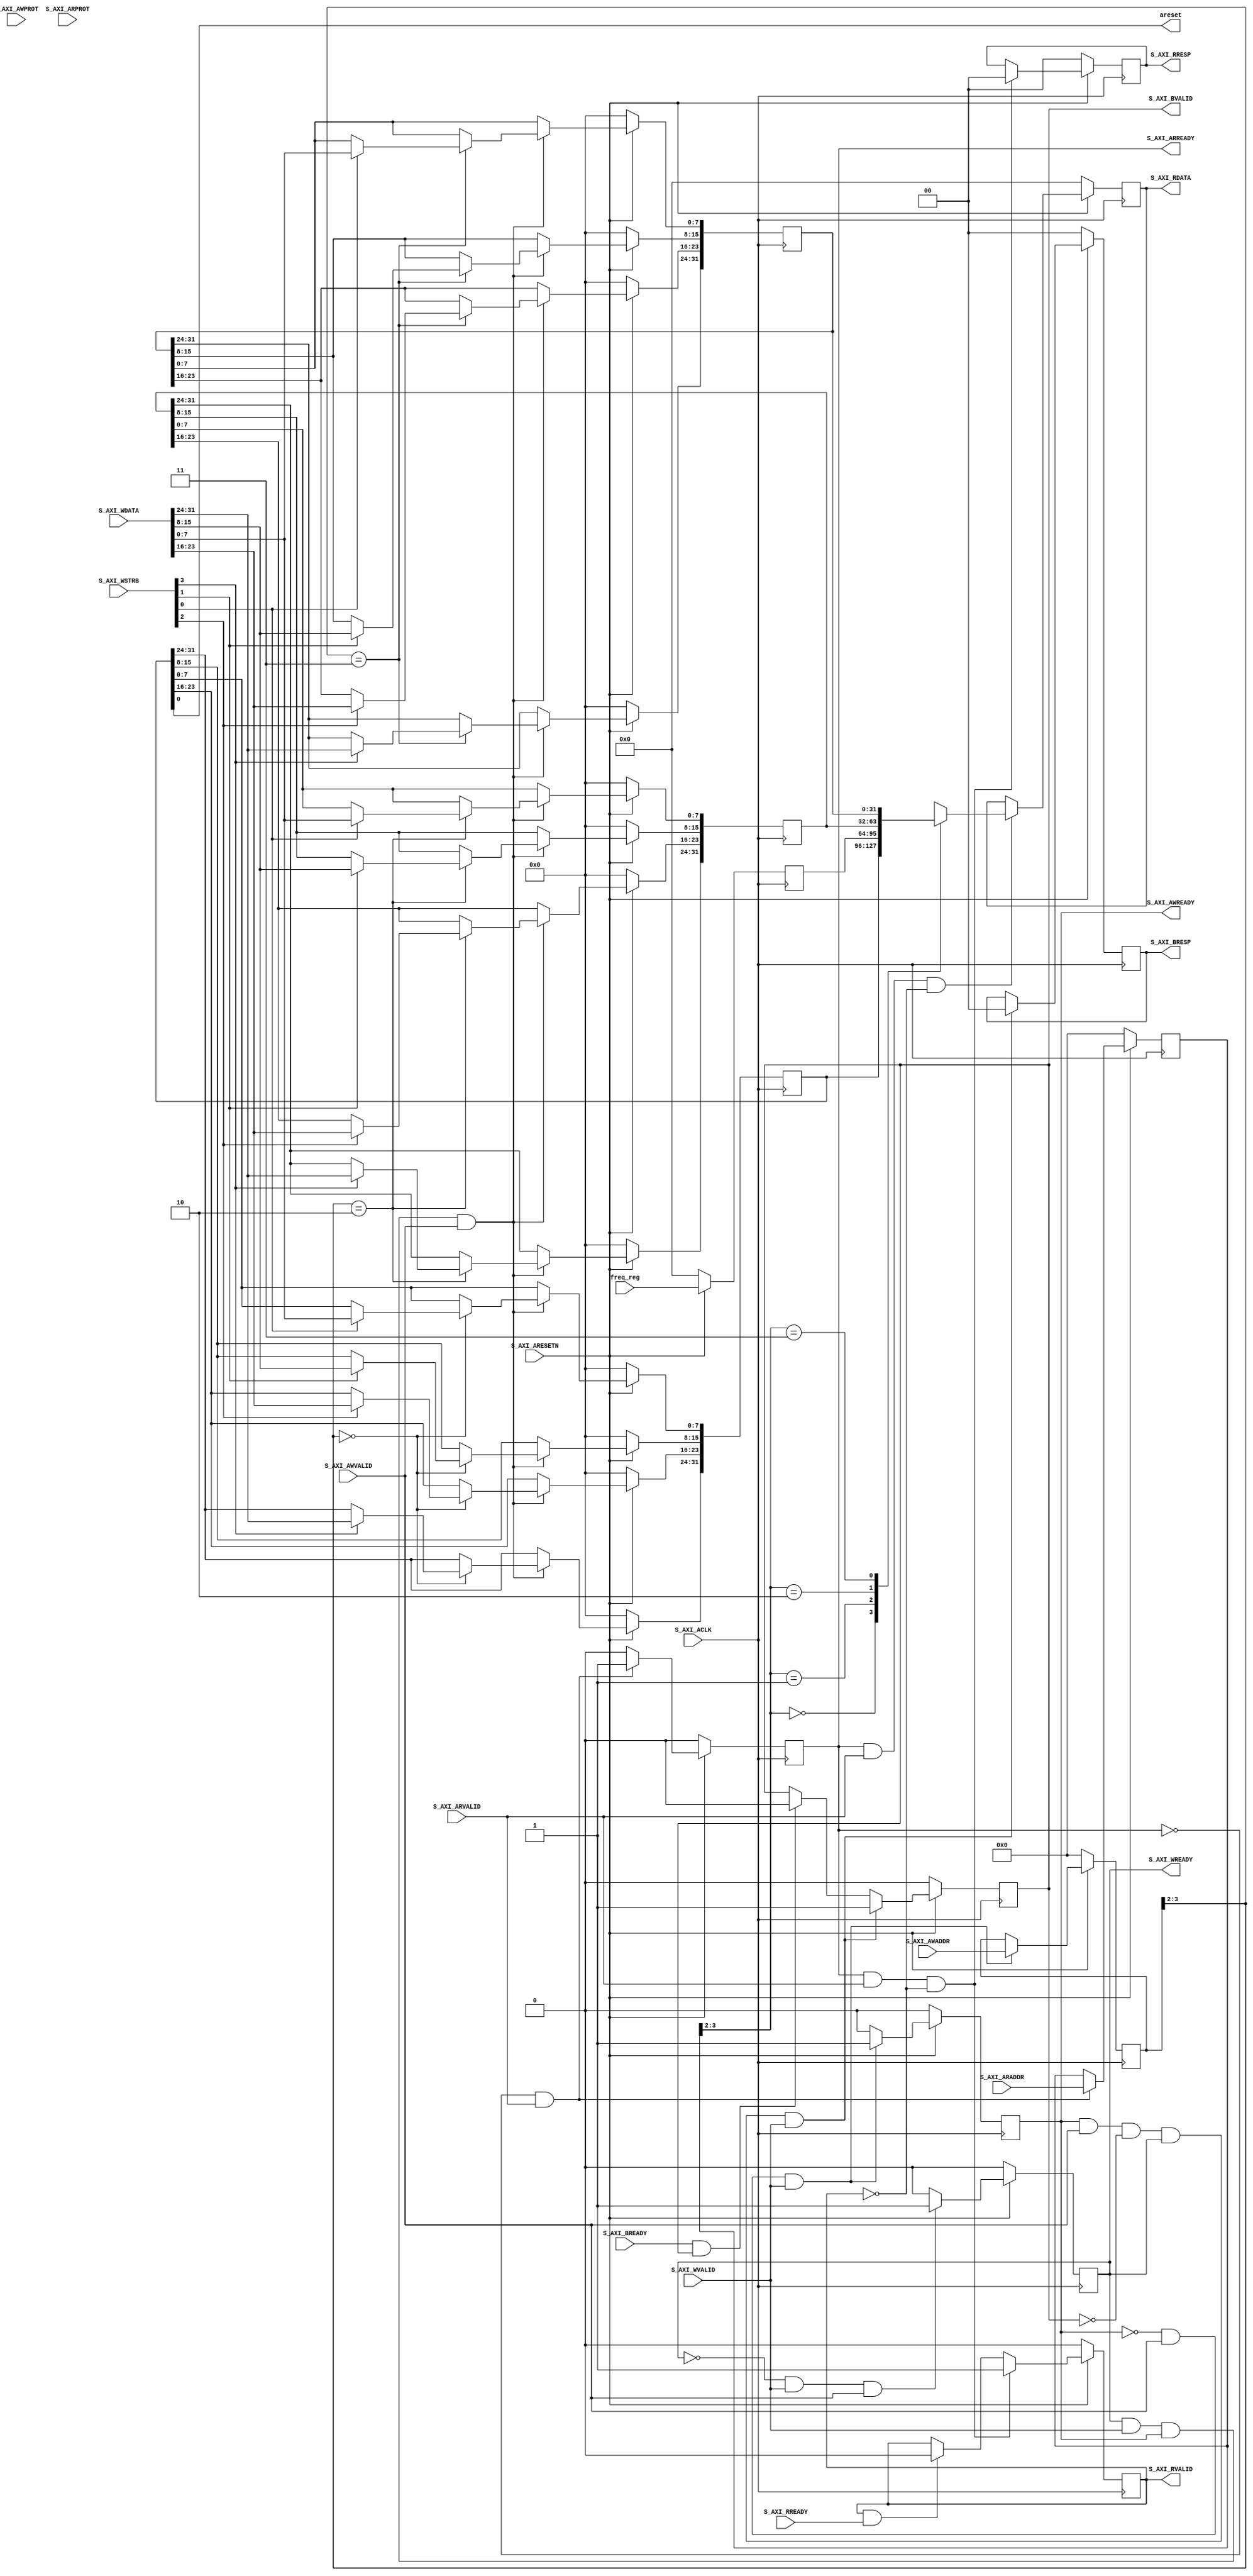
//
// Copyright (C) 2015 Digilent Inc.
// All rights reserved.
//
// @NETFPGA_LICENSE_HEADER_START@
//
// Licensed to NetFPGA C.I.C. (NetFPGA) under one or more contributor
// license agreements.  See the NOTICE file distributed with this work for
// additional information regarding copyright ownership.  NetFPGA licenses this
// file to you under the NetFPGA Hardware-Software License, Version 1.0 (the
// "License"); you may not use this file except in compliance with the
// License.  You may obtain a copy of the License at:
//
//   http://www.netfpga-cic.org
//
// Unless required by applicable law or agreed to in writing, Work distributed
// under the License is distributed on an "AS IS" BASIS, WITHOUT WARRANTIES OR
// CONDITIONS OF ANY KIND, either express or implied.  See the License for the
// specific language governing permissions and limitations under the License.
//
// @NETFPGA_LICENSE_HEADER_END@
//

`timescale 1 ps / 1 ps

	module d_clkfreq_detector_S_AXI #
	(
		// Users to add parameters here

		// User parameters ends
		// Do not modify the parameters beyond this line

		// Width of S_AXI data bus
		parameter integer C_S_AXI_DATA_WIDTH	= 32,
		// Width of S_AXI address bus
		parameter integer C_S_AXI_ADDR_WIDTH	= 4
	)
	(
		// Users to add ports here
        output wire areset,
        input wire [31:0] freq_reg,
		// User ports ends
		// Do not modify the ports beyond this line

		// Global Clock Signal
		input wire  S_AXI_ACLK,
		// Global Reset Signal. This Signal is Active LOW
		input wire  S_AXI_ARESETN,
		// Write address (issued by master, acceped by Slave)
		input wire [C_S_AXI_ADDR_WIDTH-1 : 0] S_AXI_AWADDR,
		// Write channel Protection type. This signal indicates the
    		// privilege and security level of the transaction, and whether
    		// the transaction is a data access or an instruction access.
		input wire [2 : 0] S_AXI_AWPROT,
		// Write address valid. This signal indicates that the master signaling
    		// valid write address and control information.
		input wire  S_AXI_AWVALID,
		// Write address ready. This signal indicates that the slave is ready
    		// to accept an address and associated control signals.
		output wire  S_AXI_AWREADY,
		// Write data (issued by master, acceped by Slave) 
		input wire [C_S_AXI_DATA_WIDTH-1 : 0] S_AXI_WDATA,
		// Write strobes. This signal indicates which byte lanes hold
    		// valid data. There is one write strobe bit for each eight
    		// bits of the write data bus.    
		input wire [(C_S_AXI_DATA_WIDTH/8)-1 : 0] S_AXI_WSTRB,
		// Write valid. This signal indicates that valid write
    		// data and strobes are available.
		input wire  S_AXI_WVALID,
		// Write ready. This signal indicates that the slave
    		// can accept the write data.
		output wire  S_AXI_WREADY,
		// Write response. This signal indicates the status
    		// of the write transaction.
		output wire [1 : 0] S_AXI_BRESP,
		// Write response valid. This signal indicates that the channel
    		// is signaling a valid write response.
		output wire  S_AXI_BVALID,
		// Response ready. This signal indicates that the master
    		// can accept a write response.
		input wire  S_AXI_BREADY,
		// Read address (issued by master, acceped by Slave)
		input wire [C_S_AXI_ADDR_WIDTH-1 : 0] S_AXI_ARADDR,
		// Protection type. This signal indicates the privilege
    		// and security level of the transaction, and whether the
    		// transaction is a data access or an instruction access.
		input wire [2 : 0] S_AXI_ARPROT,
		// Read address valid. This signal indicates that the channel
    		// is signaling valid read address and control information.
		input wire  S_AXI_ARVALID,
		// Read address ready. This signal indicates that the slave is
    		// ready to accept an address and associated control signals.
		output wire  S_AXI_ARREADY,
		// Read data (issued by slave)
		output wire [C_S_AXI_DATA_WIDTH-1 : 0] S_AXI_RDATA,
		// Read response. This signal indicates the status of the
    		// read transfer.
		output wire [1 : 0] S_AXI_RRESP,
		// Read valid. This signal indicates that the channel is
    		// signaling the required read data.
		output wire  S_AXI_RVALID,
		// Read ready. This signal indicates that the master can
    		// accept the read data and response information.
		input wire  S_AXI_RREADY
	);

	// AXI4LITE signals
	reg [C_S_AXI_ADDR_WIDTH-1 : 0] 	axi_awaddr;
	reg  	axi_awready;
	reg  	axi_wready;
	reg [1 : 0] 	axi_bresp;
	reg  	axi_bvalid;
	reg [C_S_AXI_ADDR_WIDTH-1 : 0] 	axi_araddr;
	reg  	axi_arready;
	reg [C_S_AXI_DATA_WIDTH-1 : 0] 	axi_rdata;
	reg [1 : 0] 	axi_rresp;
	reg  	axi_rvalid;

	// Example-specific design signals
	// local parameter for addressing 32 bit / 64 bit C_S_AXI_DATA_WIDTH
	// ADDR_LSB is used for addressing 32/64 bit registers/memories
	// ADDR_LSB = 2 for 32 bits (n downto 2)
	// ADDR_LSB = 3 for 64 bits (n downto 3)
	localparam integer ADDR_LSB = (C_S_AXI_DATA_WIDTH/32) + 1;
	localparam integer OPT_MEM_ADDR_BITS = 1;
	//----------------------------------------------
	//-- Signals for user logic register space example
	//------------------------------------------------
	//-- Number of Slave Registers 4
	reg [C_S_AXI_DATA_WIDTH-1:0]	slv_reg0;
	reg [C_S_AXI_DATA_WIDTH-1:0]	slv_reg1;
	reg [C_S_AXI_DATA_WIDTH-1:0]	slv_reg2;
	reg [C_S_AXI_DATA_WIDTH-1:0]	slv_reg3;
	wire	 slv_reg_rden;
	wire	 slv_reg_wren;
	reg [C_S_AXI_DATA_WIDTH-1:0]	 reg_data_out;
	integer	 byte_index;

	// I/O Connections assignments

	assign S_AXI_AWREADY	= axi_awready;
	assign S_AXI_WREADY	= axi_wready;
	assign S_AXI_BRESP	= axi_bresp;
	assign S_AXI_BVALID	= axi_bvalid;
	assign S_AXI_ARREADY	= axi_arready;
	assign S_AXI_RDATA	= axi_rdata;
	assign S_AXI_RRESP	= axi_rresp;
	assign S_AXI_RVALID	= axi_rvalid;
	// Implement axi_awready generation
	// axi_awready is asserted for one S_AXI_ACLK clock cycle when both
	// S_AXI_AWVALID and S_AXI_WVALID are asserted. axi_awready is
	// de-asserted when reset is low.

	always @( posedge S_AXI_ACLK )
	begin
	  if ( S_AXI_ARESETN == 1'b0 )
	    begin
	      axi_awready <= 1'b0;
	    end 
	  else
	    begin    
	      if (~axi_awready && S_AXI_AWVALID && S_AXI_WVALID)
	        begin
	          // slave is ready to accept write address when 
	          // there is a valid write address and write data
	          // on the write address and data bus. This design 
	          // expects no outstanding transactions. 
	          axi_awready <= 1'b1;
	        end
	      else           
	        begin
	          axi_awready <= 1'b0;
	        end
	    end 
	end       

	// Implement axi_awaddr latching
	// This process is used to latch the address when both 
	// S_AXI_AWVALID and S_AXI_WVALID are valid. 

	always @( posedge S_AXI_ACLK )
	begin
	  if ( S_AXI_ARESETN == 1'b0 )
	    begin
	      axi_awaddr <= 0;
	    end 
	  else
	    begin    
	      if (~axi_awready && S_AXI_AWVALID && S_AXI_WVALID)
	        begin
	          // Write Address latching 
	          axi_awaddr <= S_AXI_AWADDR;
	        end
	    end 
	end       

	// Implement axi_wready generation
	// axi_wready is asserted for one S_AXI_ACLK clock cycle when both
	// S_AXI_AWVALID and S_AXI_WVALID are asserted. axi_wready is 
	// de-asserted when reset is low. 

	always @( posedge S_AXI_ACLK )
	begin
	  if ( S_AXI_ARESETN == 1'b0 )
	    begin
	      axi_wready <= 1'b0;
	    end 
	  else
	    begin    
	      if (~axi_wready && S_AXI_WVALID && S_AXI_AWVALID)
	        begin
	          // slave is ready to accept write data when 
	          // there is a valid write address and write data
	          // on the write address and data bus. This design 
	          // expects no outstanding transactions. 
	          axi_wready <= 1'b1;
	        end
	      else
	        begin
	          axi_wready <= 1'b0;
	        end
	    end 
	end       

	// Implement memory mapped register select and write logic generation
	// The write data is accepted and written to memory mapped registers when
	// axi_awready, S_AXI_WVALID, axi_wready and S_AXI_WVALID are asserted. Write strobes are used to
	// select byte enables of slave registers while writing.
	// These registers are cleared when reset (active low) is applied.
	// Slave register write enable is asserted when valid address and data are available
	// and the slave is ready to accept the write address and write data.
	assign slv_reg_wren = axi_wready && S_AXI_WVALID && axi_awready && S_AXI_AWVALID;

	always @( posedge S_AXI_ACLK )
	begin
	  if ( S_AXI_ARESETN == 1'b0 )
	    begin
	      slv_reg0 <= 0;
	      slv_reg2 <= 0;
	      slv_reg3 <= 0;
	    end 
	  else begin
	    if (slv_reg_wren)
	      begin
	        case ( axi_awaddr[ADDR_LSB+OPT_MEM_ADDR_BITS:ADDR_LSB] )
	          2'h0:
	            for ( byte_index = 0; byte_index <= (C_S_AXI_DATA_WIDTH/8)-1; byte_index = byte_index+1 )
	              if ( S_AXI_WSTRB[byte_index] == 1 ) begin
	                // Respective byte enables are asserted as per write strobes 
	                // Slave register 0
	                slv_reg0[(byte_index*8) +: 8] <= S_AXI_WDATA[(byte_index*8) +: 8];
	              end  
	          2'h2:
	            for ( byte_index = 0; byte_index <= (C_S_AXI_DATA_WIDTH/8)-1; byte_index = byte_index+1 )
	              if ( S_AXI_WSTRB[byte_index] == 1 ) begin
	                // Respective byte enables are asserted as per write strobes 
	                // Slave register 2
	                slv_reg2[(byte_index*8) +: 8] <= S_AXI_WDATA[(byte_index*8) +: 8];
	              end  
	          2'h3:
	            for ( byte_index = 0; byte_index <= (C_S_AXI_DATA_WIDTH/8)-1; byte_index = byte_index+1 )
	              if ( S_AXI_WSTRB[byte_index] == 1 ) begin
	                // Respective byte enables are asserted as per write strobes 
	                // Slave register 3
	                slv_reg3[(byte_index*8) +: 8] <= S_AXI_WDATA[(byte_index*8) +: 8];
	              end  
	          default : begin
	                      slv_reg0 <= slv_reg0;
	                      slv_reg2 <= slv_reg2;
	                      slv_reg3 <= slv_reg3;
	                    end
	        endcase
	      end
	  end
	end    

	// Implement write response logic generation
	// The write response and response valid signals are asserted by the slave 
	// when axi_wready, S_AXI_WVALID, axi_wready and S_AXI_WVALID are asserted.  
	// This marks the acceptance of address and indicates the status of 
	// write transaction.

	always @( posedge S_AXI_ACLK )
	begin
	  if ( S_AXI_ARESETN == 1'b0 )
	    begin
	      axi_bvalid  <= 0;
	      axi_bresp   <= 2'b0;
	    end 
	  else
	    begin    
	      if (axi_awready && S_AXI_AWVALID && ~axi_bvalid && axi_wready && S_AXI_WVALID)
	        begin
	          // indicates a valid write response is available
	          axi_bvalid <= 1'b1;
	          axi_bresp  <= 2'b0; // 'OKAY' response 
	        end                   // work error responses in future
	      else
	        begin
	          if (S_AXI_BREADY && axi_bvalid) 
	            //check if bready is asserted while bvalid is high) 
	            //(there is a possibility that bready is always asserted high)   
	            begin
	              axi_bvalid <= 1'b0; 
	            end  
	        end
	    end
	end   

	// Implement axi_arready generation
	// axi_arready is asserted for one S_AXI_ACLK clock cycle when
	// S_AXI_ARVALID is asserted. axi_awready is 
	// de-asserted when reset (active low) is asserted. 
	// The read address is also latched when S_AXI_ARVALID is 
	// asserted. axi_araddr is reset to zero on reset assertion.

	always @( posedge S_AXI_ACLK )
	begin
	  if ( S_AXI_ARESETN == 1'b0 )
	    begin
	      axi_arready <= 1'b0;
	      axi_araddr  <= 32'b0;
	    end 
	  else
	    begin    
	      if (~axi_arready && S_AXI_ARVALID)
	        begin
	          // indicates that the slave has acceped the valid read address
	          axi_arready <= 1'b1;
	          // Read address latching
	          axi_araddr  <= S_AXI_ARADDR;
	        end
	      else
	        begin
	          axi_arready <= 1'b0;
	        end
	    end 
	end       

	// Implement axi_arvalid generation
	// axi_rvalid is asserted for one S_AXI_ACLK clock cycle when both 
	// S_AXI_ARVALID and axi_arready are asserted. The slave registers 
	// data are available on the axi_rdata bus at this instance. The 
	// assertion of axi_rvalid marks the validity of read data on the 
	// bus and axi_rresp indicates the status of read transaction.axi_rvalid 
	// is deasserted on reset (active low). axi_rresp and axi_rdata are 
	// cleared to zero on reset (active low).  
	always @( posedge S_AXI_ACLK )
	begin
	  if ( S_AXI_ARESETN == 1'b0 )
	    begin
	      axi_rvalid <= 0;
	      axi_rresp  <= 0;
	    end 
	  else
	    begin    
	      if (axi_arready && S_AXI_ARVALID && ~axi_rvalid)
	        begin
	          // Valid read data is available at the read data bus
	          axi_rvalid <= 1'b1;
	          axi_rresp  <= 2'b0; // 'OKAY' response
	        end   
	      else if (axi_rvalid && S_AXI_RREADY)
	        begin
	          // Read data is accepted by the master
	          axi_rvalid <= 1'b0;
	        end                
	    end
	end    

	// Implement memory mapped register select and read logic generation
	// Slave register read enable is asserted when valid address is available
	// and the slave is ready to accept the read address.
	assign slv_reg_rden = axi_arready & S_AXI_ARVALID & ~axi_rvalid;
	always @(*)
	begin
	  if ( S_AXI_ARESETN == 1'b0 )
	    begin
	      reg_data_out <= 0;
	    end 
	  else
	    begin    
	      // Address decoding for reading registers
	      case ( axi_araddr[ADDR_LSB+OPT_MEM_ADDR_BITS:ADDR_LSB] )
	        2'h0   : reg_data_out <= slv_reg0;
	        2'h1   : reg_data_out <= slv_reg1;
	        2'h2   : reg_data_out <= slv_reg2;
	        2'h3   : reg_data_out <= slv_reg3;
	        default : reg_data_out <= 0;
	      endcase
	    end   
	end

	// Output register or memory read data
	always @( posedge S_AXI_ACLK )
	begin
	  if ( S_AXI_ARESETN == 1'b0 )
	    begin
	      axi_rdata  <= 0;
	    end 
	  else
	    begin    
	      // When there is a valid read address (S_AXI_ARVALID) with 
	      // acceptance of read address by the slave (axi_arready), 
	      // output the read dada 
	      if (slv_reg_rden)
	        begin
	          axi_rdata <= reg_data_out;     // register read data
	        end   
	    end
	end    

	// Add user logic here
    assign areset = slv_reg0[0];
    
	always @( posedge S_AXI_ACLK )
    begin
      if ( S_AXI_ARESETN == 1'b0 )
        begin
          slv_reg1 <= 0;
        end 
      else
        begin
          slv_reg1 <= freq_reg;
        end
    end
	// User logic ends

	endmodule